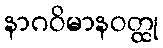
နာဂဝိမာနဝတ္ထု